Subject: math
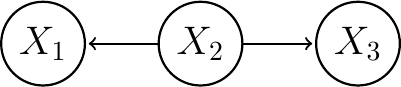
LaTeX code:
\begin{tikzpicture}[->,shorten >=1pt,auto,node distance=2cm, thick,main node/.style={circle,draw,font=\sffamily\Large\bfseries}]

 \node[main node] (X2) {$X_2$}; \node[main node] (X3) [right of=X2] {$X_3$};\node[main node] (X1) [left of=X2] {$X_1$};

\path (X2) edge (X1);
\path (X2) edge (X3);

\end{tikzpicture}